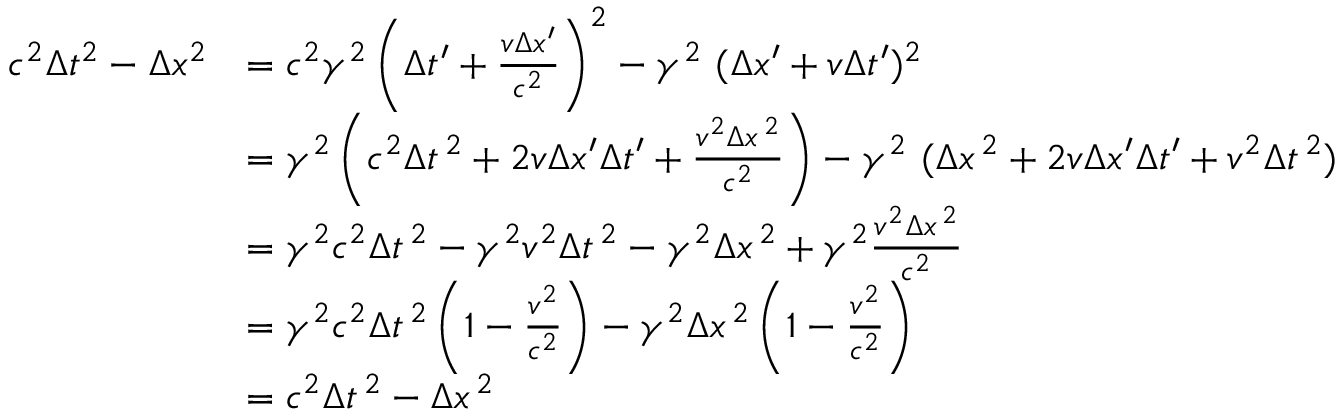
{ \begin{array} { r l } { c ^ { 2 } \Delta t ^ { 2 } - \Delta x ^ { 2 } } & { = c ^ { 2 } \gamma ^ { 2 } \left( \Delta t ^ { \prime } + { \frac { v \Delta x ^ { \prime } } { c ^ { 2 } } } \right) ^ { 2 } - \gamma ^ { 2 } \ ( \Delta x ^ { \prime } + v \Delta t ^ { \prime } ) ^ { 2 } } \\ & { = \gamma ^ { 2 } \left( c ^ { 2 } \Delta t ^ { \, 2 } + 2 v \Delta x ^ { \prime } \Delta t ^ { \prime } + { \frac { v ^ { 2 } \Delta x ^ { \, 2 } } { c ^ { 2 } } } \right) - \gamma ^ { 2 } \ ( \Delta x ^ { \, 2 } + 2 v \Delta x ^ { \prime } \Delta t ^ { \prime } + v ^ { 2 } \Delta t ^ { \, 2 } ) } \\ & { = \gamma ^ { 2 } c ^ { 2 } \Delta t ^ { \, 2 } - \gamma ^ { 2 } v ^ { 2 } \Delta t ^ { \, 2 } - \gamma ^ { 2 } \Delta x ^ { \, 2 } + \gamma ^ { 2 } { \frac { v ^ { 2 } \Delta x ^ { \, 2 } } { c ^ { 2 } } } } \\ & { = \gamma ^ { 2 } c ^ { 2 } \Delta t ^ { \, 2 } \left( 1 - { \frac { v ^ { 2 } } { c ^ { 2 } } } \right) - \gamma ^ { 2 } \Delta x ^ { \, 2 } \left( 1 - { \frac { v ^ { 2 } } { c ^ { 2 } } } \right) } \\ & { = c ^ { 2 } \Delta t ^ { \, 2 } - \Delta x ^ { \, 2 } } \end{array} }